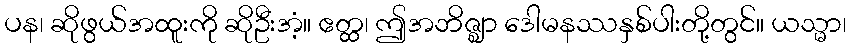
ပန၊ ဆိုဖွယ်အထူးကို ဆိုဦးအံ့။ ဧတ္ထ၊ ဤအဘိဇ္ဈာ ဒေါမနဿနှစ်ပါးတို့တွင်။ ယသ္မာ၊